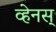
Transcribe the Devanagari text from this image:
व्हेनस्